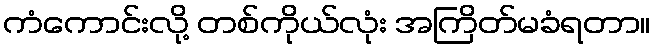
ကံကောင်းလို့ တစ်ကိုယ်လုံး အကြိတ်မခံရတာ။